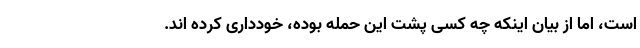
است، اما از بیان اینکه چه کسی پشت این حمله بوده، خودداری کرده اند.